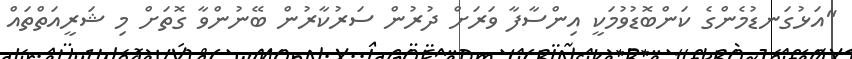
"އަޅުގަނޑުމެންގެ ކަންބޮޑުވުމަކީ އިންސާފާ ވަރަށް ދުރުން ސަރުކާރުން ބޭނުންވާ ގޮތަށް މި ޝަރީއަތްތައް